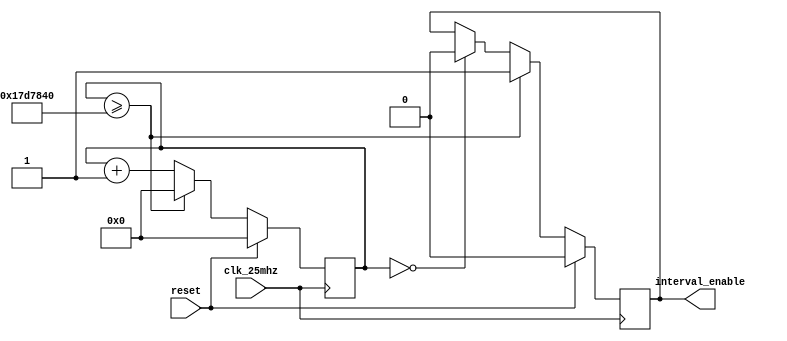
`timescale 1ns / 1ps
//////////////////////////////////////////////////////////////////////////////////
// Company: 
// Engineer: 
// 
// Design Name: 
// Module Name: divider
// Project Name: 
// Target Devices: 
// Tool Versions: 
// Description: 
// 
// Dependencies: 
// 
// Revision:
// Revision 0.01 - File Created
// Additional Comments:
// 
//////////////////////////////////////////////////////////////////////////////////


module divider_kim #(parameter SKIP_CYCLES = 25_000_000) (
    input reset,
    input clk_25mhz,
    output reg interval_enable
    );
    
    reg [25:0] counter = 0;
    
    always @(posedge clk_25mhz) begin
        if (reset) begin
            interval_enable <= 0;
            counter <= 0;
        end else begin
            counter <= counter + 1;
            if (counter >=  SKIP_CYCLES) begin
                counter <= 0;
                interval_enable <= 1;
            end else if (counter == 0) begin
                interval_enable <= 0;
            end
        end
    end
endmodule